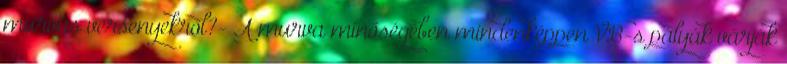
murvás versenyekről?- A murva minőségében mindenképpen VB-s pályák várják